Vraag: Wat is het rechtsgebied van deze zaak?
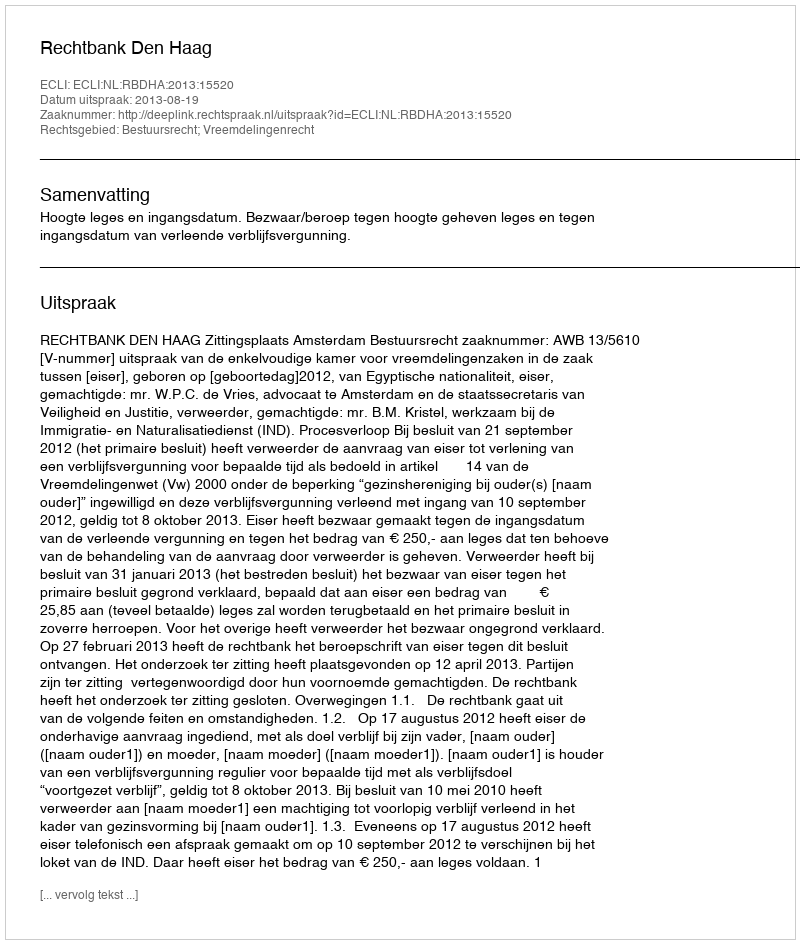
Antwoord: Bestuursrecht; Vreemdelingenrecht